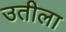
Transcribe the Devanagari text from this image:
उतीला